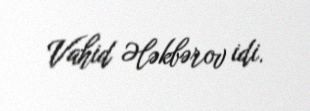
Vahid Ələkbərov idi.